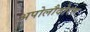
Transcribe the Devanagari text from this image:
अपोलौदोरस